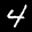
Label: 4